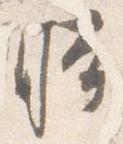
時